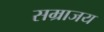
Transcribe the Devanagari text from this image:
सम्राजय